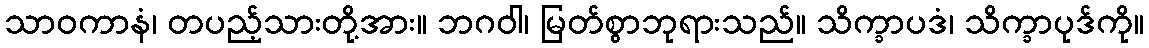
သာဝကာနံ၊ တပည့်သားတို့အား။ ဘဂဝါ၊ မြတ်စွာဘုရားသည်။ သိက္ခာပဒံ၊ သိက္ခာပုဒ်ကို။